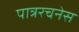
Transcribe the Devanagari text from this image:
पात्ररचनेस